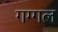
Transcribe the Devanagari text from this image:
गग्‍गल